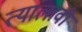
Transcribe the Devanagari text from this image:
त्यालावी